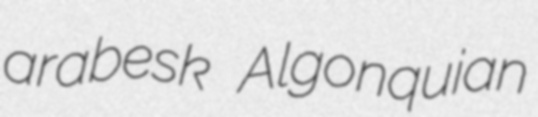
arabesk Algonquian